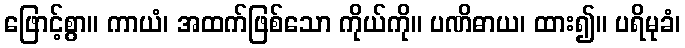
ဖြောင့်စွာ။ ကာယံ၊ အထက်ဖြစ်သော ကိုယ်ကို။ ပဏိဓာယ၊ ထား၍။ ပရိမုခံ၊